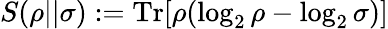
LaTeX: S(\rho||\sigma):=\mathrm{Tr}[\rho(\log_{2}\rho-\log_{2}\sigma)]